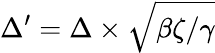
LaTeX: \Delta^{\prime}=\Delta\times\sqrt{\beta\zeta/\gamma}